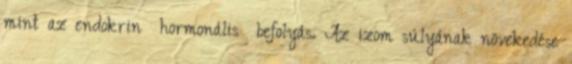
mint az endokrin hormonális befolyás. Az izom súlyának növekedése